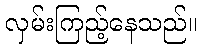
လှမ်းကြည့်နေသည်။